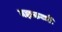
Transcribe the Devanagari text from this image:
महाकव्यों